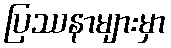
ပြဿနာများမှာ